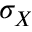
\sigma _ { X }